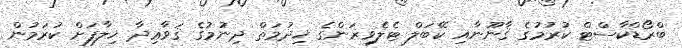
ބްރޯޑްކާސްޓް ކުރުމުގެ ޤާނޫނާއި ކޭބަލް ޓެލެވިޜަންގެ ޚިދުމަތް ދިނުމުގެ ޤަވާޢިދާ ޚިލާފަށް ކުރަމުން